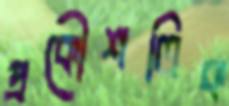
প্রকৌশলিক